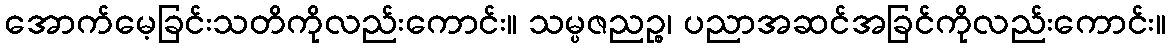
အောက်မေ့ခြင်းသတိကိုလည်းကောင်း။ သမ္ပဇညဉ္စ၊ ပညာအဆင်အခြင်ကိုလည်းကောင်း။